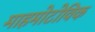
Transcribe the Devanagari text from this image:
माहमोटोविक